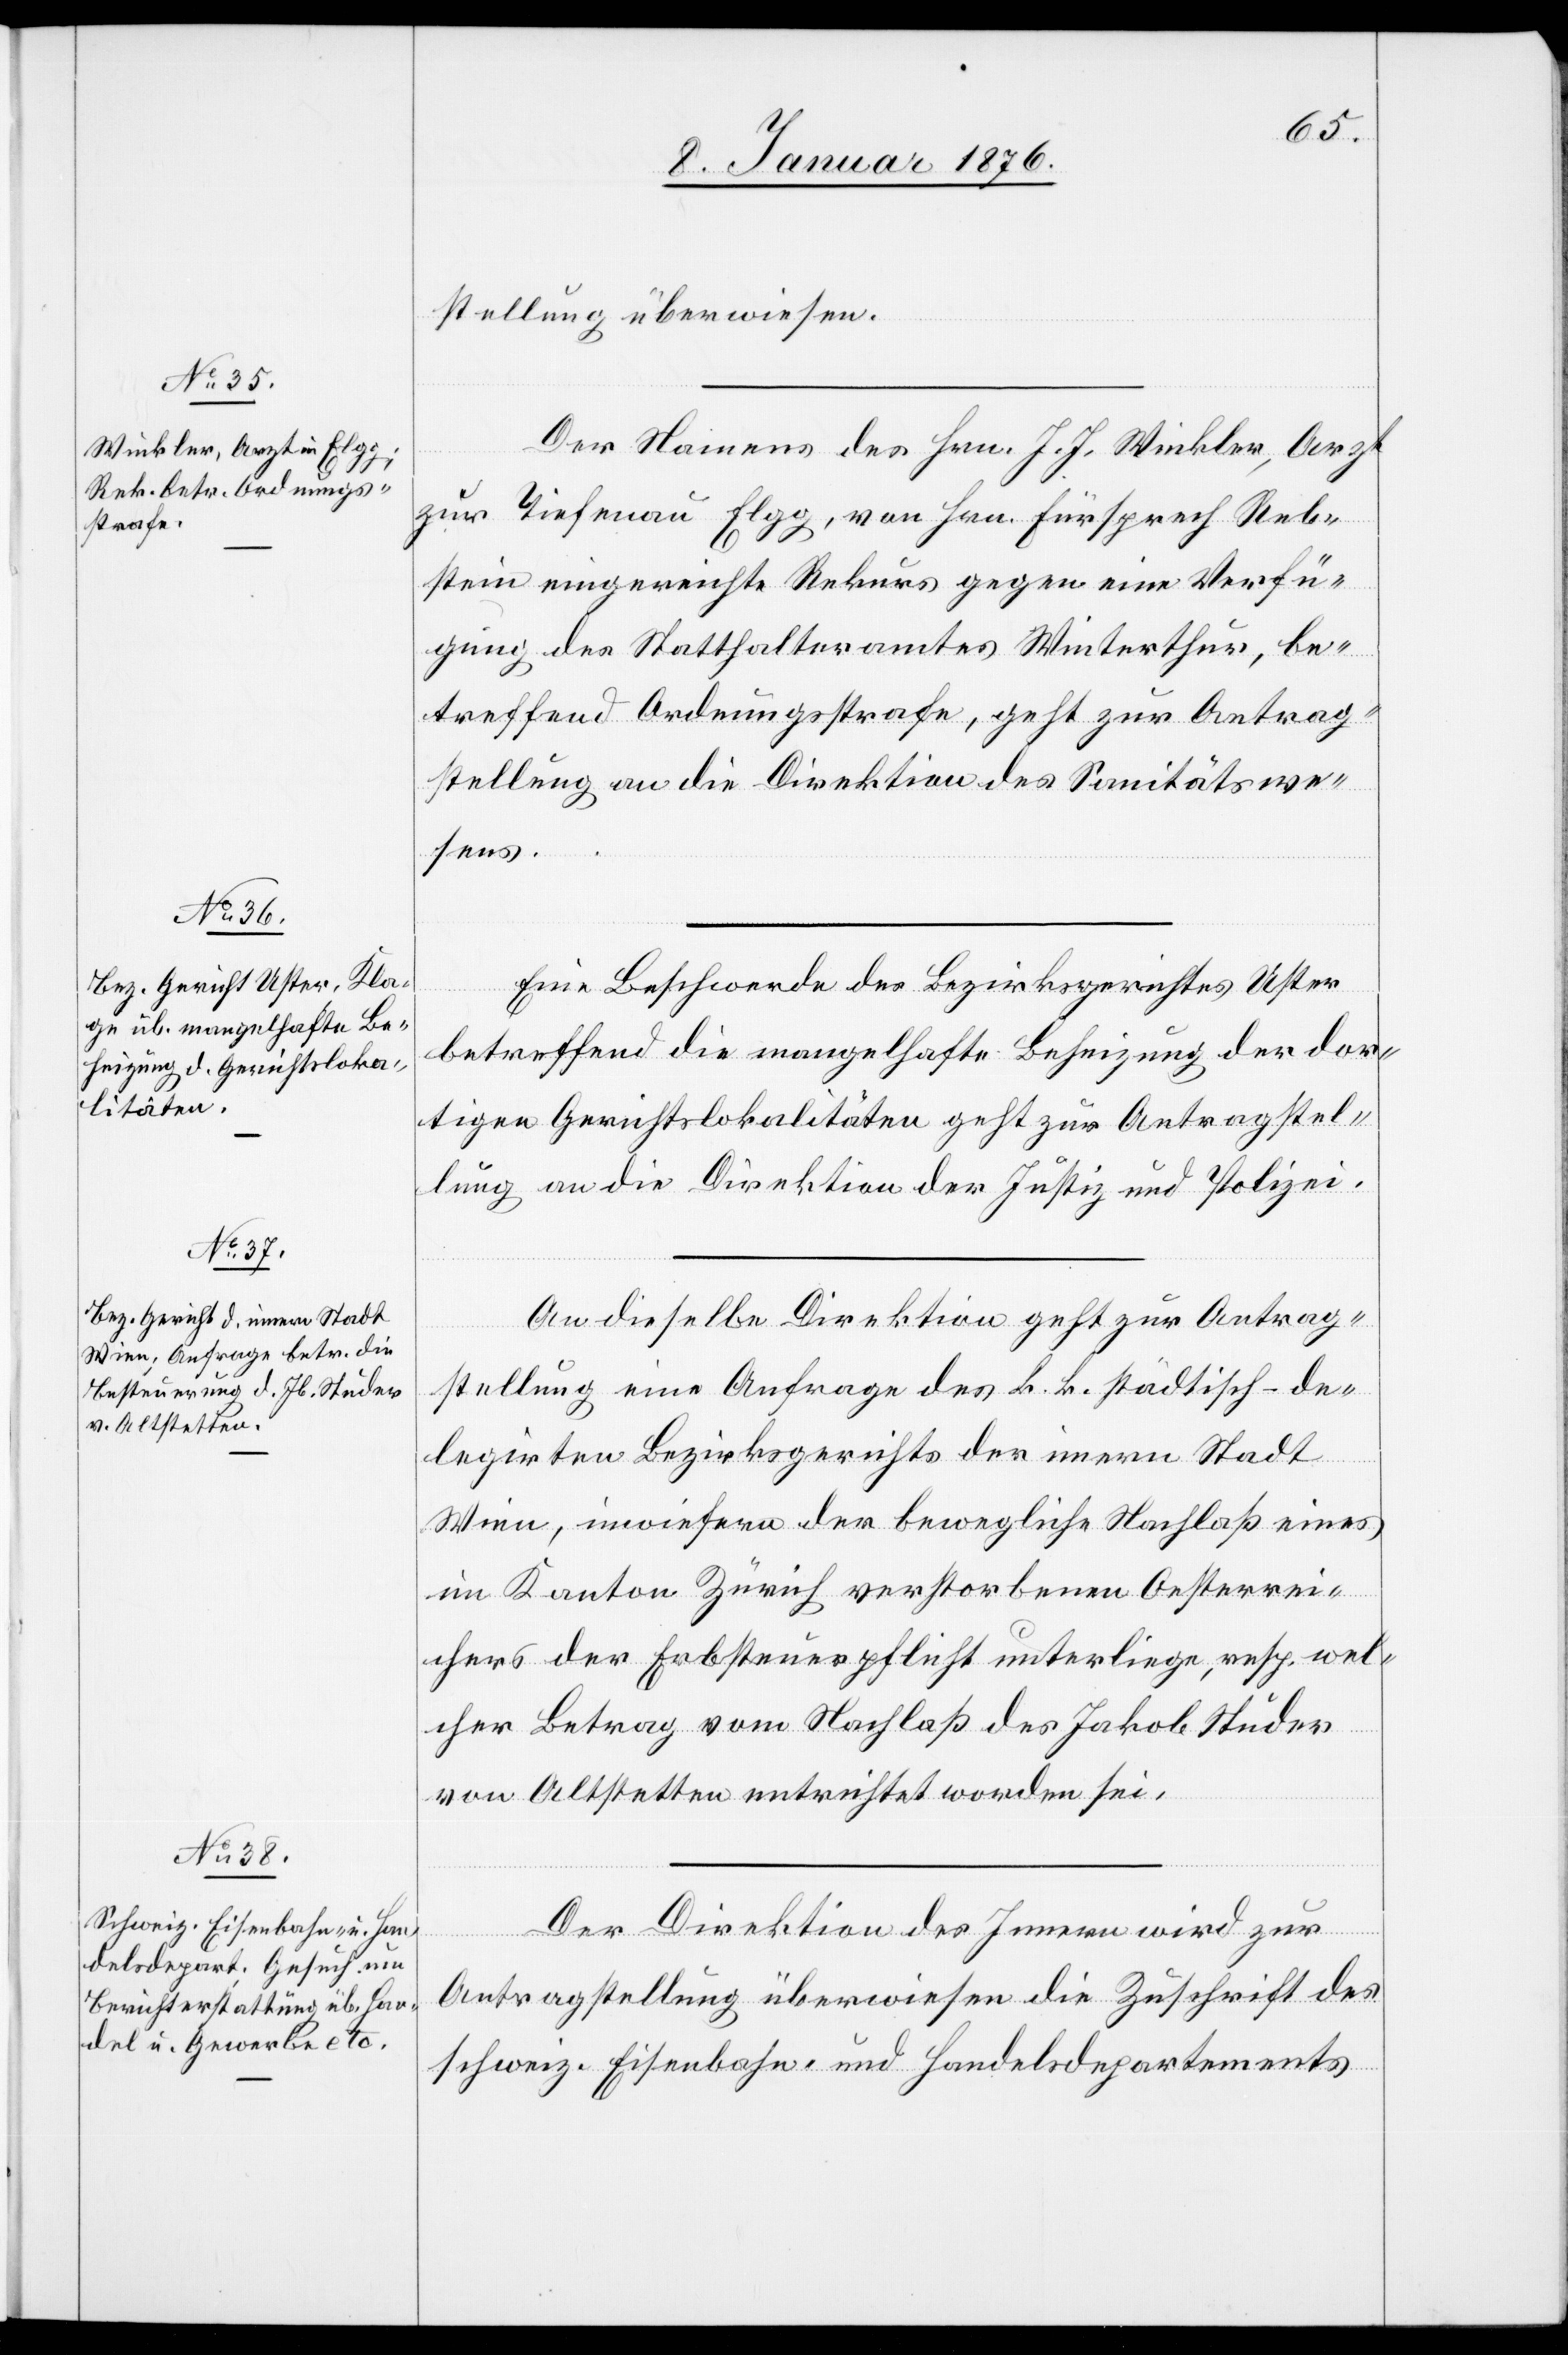
11. Januar 1876.]
stellung überwiesen.
Der Namens des Hrn. J. J. Winkler, Arzt
zur Tiefenau Elgg, von Hrn. Fürsprech Reb¬
stein eingereichte Rekurs gegen eine Verfü¬
gung des Statthalteramt Winterthur, be¬
treffend Ordnungsstrafe, geht zur Antrag¬
stellung an die Direktion des Sanitätswe¬
sens.
Eine Beschwerde des Bezirksgerichtes Uster
betreffend die mangelhafte Beheizung der dor¬
tigen Gerichtslokalitäten geht zur Antragstel¬
lung an die Direktion der Justiz und Polizei.
An dieselbe Direktion geht zur Antrag¬
stellung eine Anfrage des k. k. städtisch-de¬
legirten Bezirksgerichts der innern Stadt
Wien, inwiefern der bewegliche Nachlaß eines
im Kanton Zürich verstorbenen Oesterrei¬
chers der Erbsteuerpflicht unterliege, resp. wel¬
cher Betrag vom Nachlaß des Jakob Studer
von Altstetten entrichtet worden sei.
Der Direktion des Innern wird zur
Antragstellung überwiesen die Zuschrift des
schweiz. Eisenbahn- und Handelsdepartements